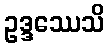
ဥဒ္ဒဿေသိ